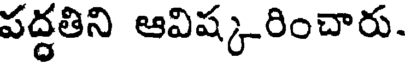
పద్ధతిని ఆవిష్కరించారు.